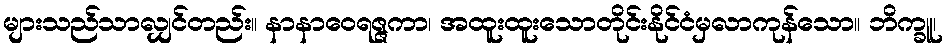
များသည်သာလျှင်တည်း။ နာနာဝေရဇ္ဇကာ၊ အထူးထူးသောတိုင်းနိုင်ငံမှလာကုန်သော။ ဘိက္ခူ၊